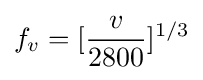
f_{v}=[{\frac {v}{2800}}]^{1/3}